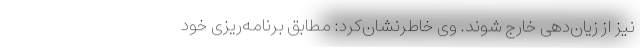
نیز از زیان‌دهی خارج شوند. وی خاطرنشان‌کرد: مطابق برنامه‌ریزی خود